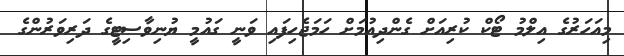
މިއަހަރުގެ އިލްމު ޓޯކް ކުރިއަށް ގެންދިއުމަށް ހަމަޖެހިފައި ވަނީ ގައުމީ ޔުނިވާސިޓީގެ ދަރިވަރުންގެ